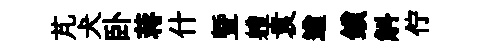
芃犬卧蒋什曁軆袁遒鎖斛佇